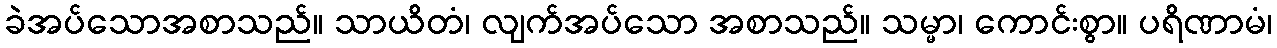
ခဲအပ်သောအစာသည်။ သာယိတံ၊ လျက်အပ်သော အစာသည်။ သမ္မာ၊ ကောင်းစွာ။ ပရိဏာမံ၊